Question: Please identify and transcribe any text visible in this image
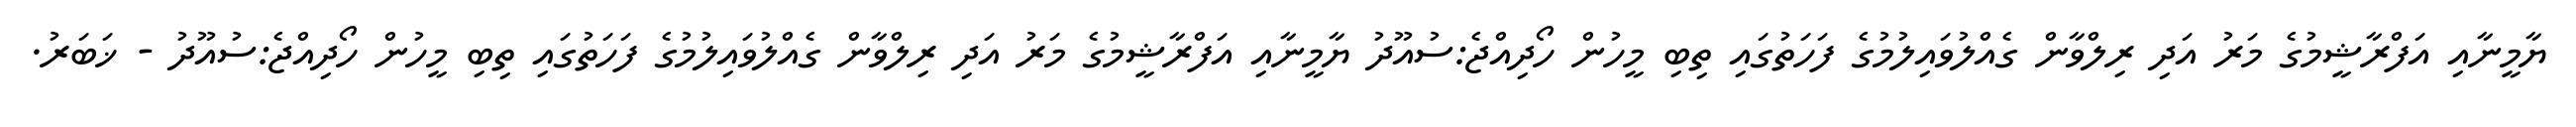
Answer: ޔާމީނާއި އަފްރާޝީމުގެ މަރު އަދި ރިލްވާން ގެއްލުވައިލުމުގެ ފަހަތުގައި ތިބި މީހުން ހޯދިއްޖެ:ސުއޫދު ޔާމީނާއި އަފްރާޝީމުގެ މަރު އަދި ރިލްވާން ގެއްލުވައިލުމުގެ ފަހަތުގައި ތިބި މީހުން ހޯދިއްޖެ:ސުއޫދު - ޚަބަރު.